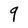
Character: 9